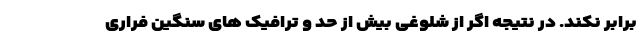
برابر نکند. در نتیجه اگر از شلوغی بیش از حد و ترافیک های سنگین فراری